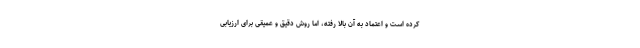
کرده است و اعتماد به آن بالا رفته، اما روش دقیق و عمیقی برای ارزیابی